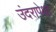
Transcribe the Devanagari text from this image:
उंदरापेक्षा